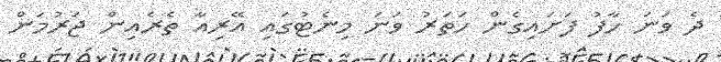
ދެ ވަނަ ހާފު ފަށައިގެން ހަތަރު ވަނަ މިނެޓުގައި އޭރިއާ ތެރެއިން ޖަރުމަން